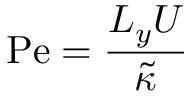
\mathrm { P e } = \frac { L _ { y } U } { \tilde { \kappa } }